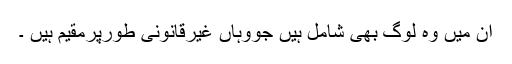
ان میں وہ لوگ بھی شامل ہیں جووہاں غیرقانونی طورپرمقیم ہیں ۔